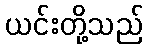
ယင်းတို့သည်